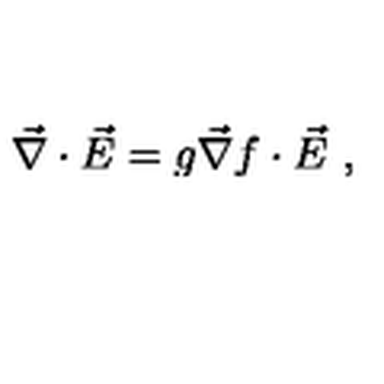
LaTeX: \vec { \nabla } \cdot \vec { E } = g \vec { \nabla } f \cdot \vec { E } \ ,